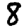
Digit: 8